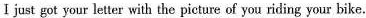
I just got your letter with the picture of you riding your bike.